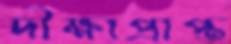
দীক্ষাপ্রাপ্ত